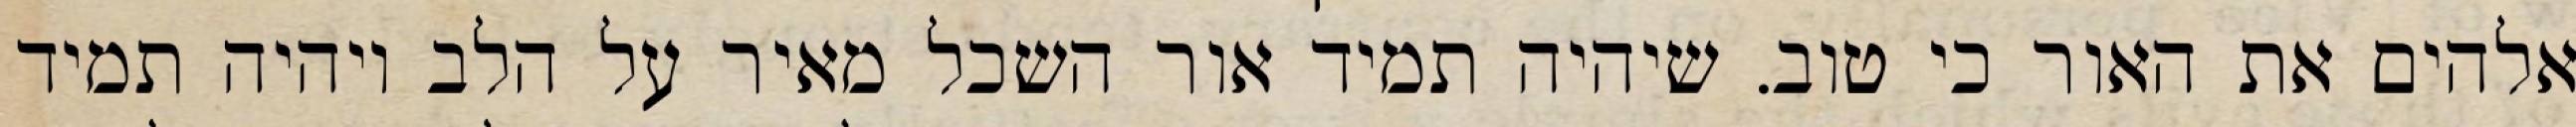
אלהים את האור כי טוב. שיהיה תמיד אור השכל מאיר על הלב ויהיה תמיד